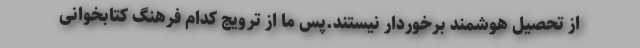
از تحصیل هوشمند برخوردار نیستند.پس ما از ترویج کدام فرهنگ کتابخوانی